Report of an investigation into the causes of malaria in Bombay and the measures necessary for its control
Disease focus: Malaria
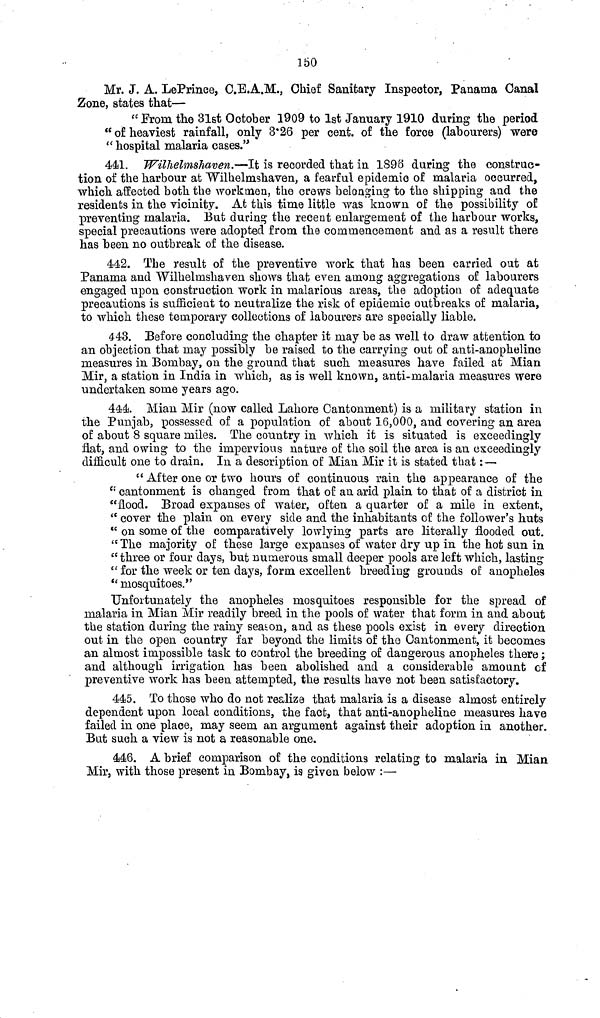
150
Mr. J. A. LePrince, C.E.A.M., Chief Sanitary Inspector, Panama Canal
Zone, states that—
" From the 31st October 1909 to 1st January 1910 during the period
" of heaviest rainfall, only 3.26 per cent. of the force (labourers) were
" hospital malaria cases."
441. Wilhehnshaven.—It is recorded that in 1896 during the construc-
tion of the harbour at Wilhelmshaven, a fearful epidemic of malaria occurred,
which affected both the workmen, the crews belonging to the shipping and the
residents in the vicinity. At this time little was known of the possibility of
preventing malaria. But during the recent enlargement of the harbour works,
special precautions were adopted from the commencement and as a result there
has been no outbreak of the disease.
442. The result of the preventive work that has been carried out at
Panama and Wilhelmshaven shows that even among aggregations of labourers
engaged upon construction work in malarious areas, the adoption of adequate
precautions is sufficient to neutralize the risk of epidemic outbreaks of malaria,
to which these temporary collections of labourers are specially liable.
443. Before concluding the chapter it may be as well to draw attention to
an objection that may possibly be raised to the carrying out of anti-anopheline
measures in Bombay, on the ground that such measures have failed at Mian
Mir, a station in India in which, as is well known, anti-malaria measures were
undertaken some years ago.
444. Mian Mir (now called Lahore Cantonment) is a military station in
the Punjab, possessed of a population of about 16,000, and covering an area
of about 8 square miles. The country in which it is situated is exceedingly
flat, and owing to the impervious nature of the soil the area is an exceedingly
difficult one to drain. In a description of Mian Mir it is stated that :—
" After one or two hours of continuous rain the appearance of the
" cantonment is changed from that of an arid plain to that of a district in
"flood. Broad expanses of water, often a quarter of a mile in extent,
" cover the plain on every side and the inhabitants of the follower's huts
" on some of the comparatively lowlying parts are literally flooded out.
"The majority of these large expanses of water dry up in the hot sun in
" three or four days, but numerous small deeper pools are left which, lasting
" for the week or ten days, form excellent breeding grounds of anopheles
" mosquitoes."
Unfortunately the anopheles mosquitoes responsible for the spread of
malaria in Mian Mir readily breed in the pools of water that form in and about
the station during the rainy season, and as these pools exist in every direction
out in the open country far beyond the limits of the Cantonment, it becomes
an almost impossible task to control the breeding of dangerous anopheles there ;
and although irrigation has been abolished and a considerable amount of
preventive work has been attempted, the results have not been satisfactory.
445. To those who do not realize that malaria is a disease almost entirely
dependent upon local conditions, the fact, that anti-anopheline measures have
failed in one place, may seem an argument against their adoption in another.
But such a view is not a reasonable one.
446. A brief comparison of the conditions relating to malaria in Mian
Mir, with those present in Bombay, is given below :—